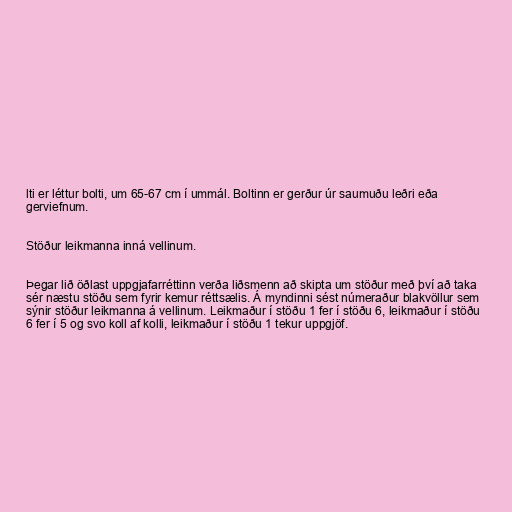
lti er léttur bolti, um 65-67 cm í ummál. Boltinn er gerður úr saumuðu leðri eða
gerviefnum.

Stöður leikmanna inná vellinum.

Þegar lið öðlast uppgjafarréttinn verða liðsmenn að skipta um stöður með því að taka
sér næstu stöðu sem fyrir kemur réttsælis. Á myndinni sést númeraður blakvöllur sem
sýnir stöður leikmanna á vellinum. Leikmaður í stöðu 1 fer í stöðu 6, leikmaður í stöðu
6 fer í 5 og svo koll af kolli, leikmaður í stöðu 1 tekur uppgjöf.